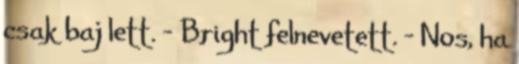
csak baj lett. – Bright felnevetett. - Nos, ha